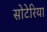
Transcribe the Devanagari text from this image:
सोटेरिया